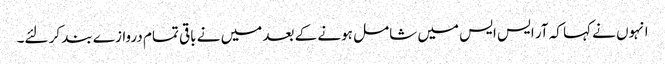
انہوں نے کہا کہ آر ایس ایس میں شامل ہونے کے بعد میں نے باقی تمام دروازے بند کر لئے۔